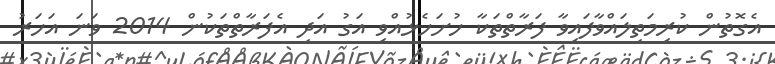
އެގޮތުން ކުރިމަތިލައްވާފައިވާ ފަރާތްތަކާ ހުށަހެޅުއްވި އަގު އަދި އެފަރާތްތަކުން 2014 ވަނަ އަހަރު